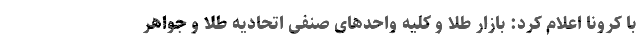
با کرونا اعلام کرد: بازار طلا و کلیه واحدهای صنفی اتحادیه طلا و جواهر